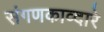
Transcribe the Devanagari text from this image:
संगणकाव्दारे